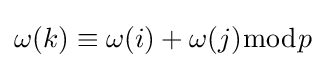
\omega (k)\equiv \omega (i)+\omega (j){\bmod {p}}